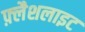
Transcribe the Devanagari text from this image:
फ़्लैशलाइट